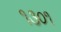
૧૩૦૧